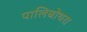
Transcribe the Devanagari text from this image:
पालिबोथरा